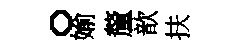
。媮釐歆扶